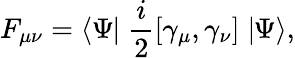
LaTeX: F_{\mu\nu}=\langle\Psi\! \! \mid\frac{i}{2}[\gamma_{\mu},\gamma_{\nu}]\mid\! \! \Psi\rangle,